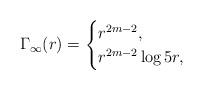
LaTeX: \begin{align*} \Gamma_{\infty}(r) = \begin{cases} r^{2m-2},&\\r^{2m-2}\log 5r,& \end{cases}\end{align*}